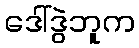
ဒေါ်ဒွဲဘူက